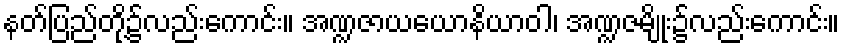
နတ်ပြည်တို့၌လည်းကောင်း။ အဏ္ဍဇာယယောနိယာဝါ၊ အဏ္ဍဇမျိုး၌လည်းကောင်း။